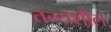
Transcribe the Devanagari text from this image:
तन्यशील